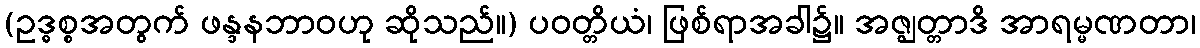
(ဥဒ္ဓစ္စအတွက် ဖန္ဒနဘာဝဟု ဆိုသည်။) ပဝတ္တိယံ၊ ဖြစ်ရာအခါ၌။ အဇ္ဈတ္တာဒိ အာရမ္မဏတာ၊